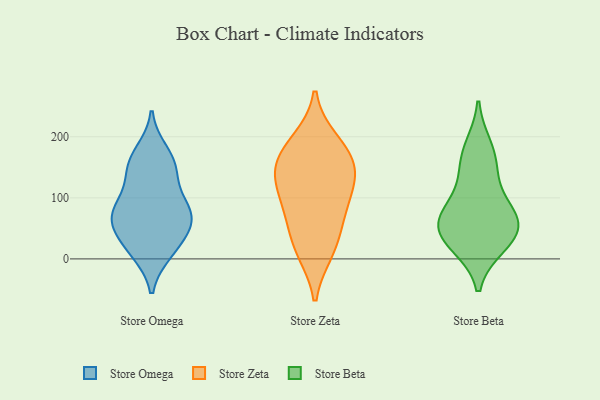
{"axis": {"x": "Operating Costs (USD K)", "y": "Value"}, "legend": ["Store Beta", "Store Omega", "Store Zeta"], "data": [{"x": "", "y": 105, "type": "Store Omega"}, {"x": "", "y": 13, "type": "Store Omega"}, {"x": "", "y": 29, "type": "Store Omega"}, {"x": "", "y": 84, "type": "Store Omega"}, {"x": "", "y": 175, "type": "Store Omega"}, {"x": "", "y": 53, "type": "Store Omega"}, {"x": "", "y": 72, "type": "Store Omega"}, {"x": "", "y": 71, "type": "Store Omega"}, {"x": "", "y": 147, "type": "Store Omega"}, {"x": "", "y": 157, "type": "Store Omega"}, {"x": "", "y": 11, "type": "Store Omega"}, {"x": "", "y": 76, "type": "Store Omega"}, {"x": "", "y": 58, "type": "Store Omega"}, {"x": "", "y": 146, "type": "Store Omega"}, {"x": "", "y": 183, "type": "Store Zeta"}, {"x": "", "y": 85, "type": "Store Zeta"}, {"x": "", "y": 94, "type": "Store Zeta"}, {"x": "", "y": 156, "type": "Store Zeta"}, {"x": "", "y": 19, "type": "Store Zeta"}, {"x": "", "y": 193, "type": "Store Zeta"}, {"x": "", "y": 13, "type": "Store Zeta"}, {"x": "", "y": 147, "type": "Store Zeta"}, {"x": "", "y": 141, "type": "Store Zeta"}, {"x": "", "y": 59, "type": "Store Zeta"}, {"x": "", "y": 127, "type": "Store Zeta"}, {"x": "", "y": 64, "type": "Store Beta"}, {"x": "", "y": 130, "type": "Store Beta"}, {"x": "", "y": 77, "type": "Store Beta"}, {"x": "", "y": 57, "type": "Store Beta"}, {"x": "", "y": 74, "type": "Store Beta"}, {"x": "", "y": 41, "type": "Store Beta"}, {"x": "", "y": 160, "type": "Store Beta"}, {"x": "", "y": 26, "type": "Store Beta"}, {"x": "", "y": 183, "type": "Store Beta"}, {"x": "", "y": 22, "type": "Store Beta"}]}